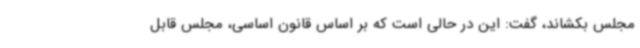
مجلس بکشاند، گفت: این در حالی است که بر اساس قانون اساسی، مجلس قابل